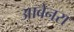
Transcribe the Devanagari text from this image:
आबेनरा